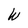
Character: W